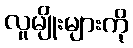
လူမျိုးများကို